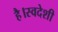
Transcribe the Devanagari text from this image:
है।स्वदेशी